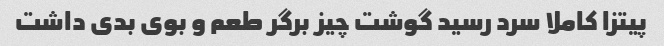
پیتزا کاملا سرد رسید گوشت چیز برگر طعم و بوی بدی داشت